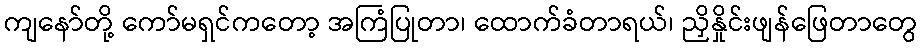
ကျနော်တို့ ကော်မရှင်ကတော့ အကြံပြုတာ၊ ထောက်ခံတာရယ်၊ ညှိနှိုင်းဖျန်ဖြေတာတွေ